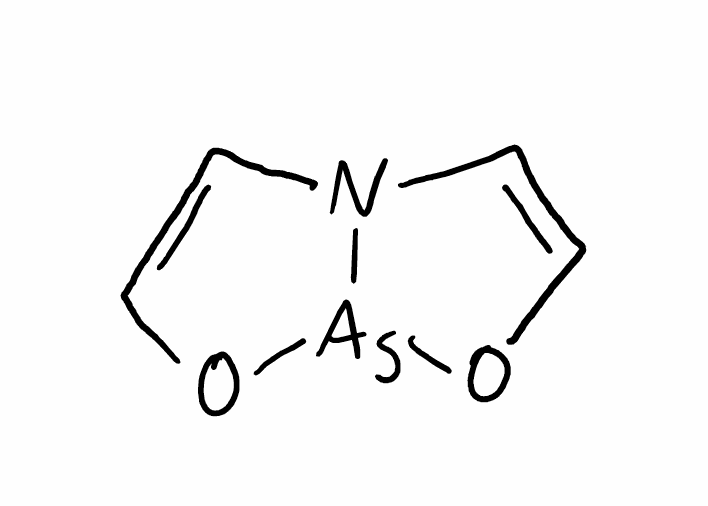
Simplified molecular-input line-entry system (SMILES) notation of the given molecule:
C1=CO[As]2N1C=CO2